Annual returns of the Patna Lunatic Asylum at Bankipore in Bihar and Orissa - 1912-1924
Year: 1912
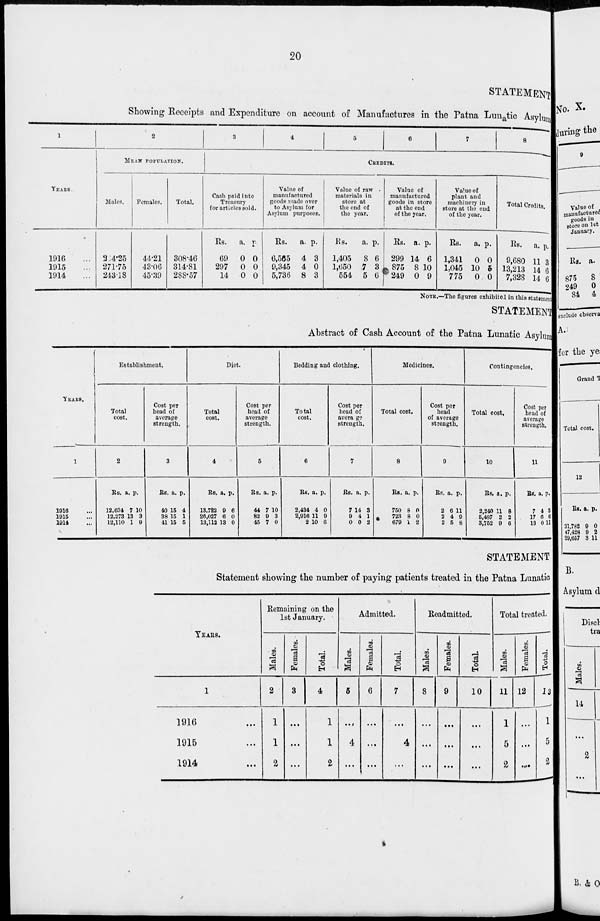
20
STATEMENT
Showing Receipts and Expenditure on account of Manufactures in the Patna Lunatic Asylum
1
YEARS.
1916 ...
1915 ...
1914 ...
2
MEAN POPULATION.
Males.
264.25
271.75
243.18
Females.
44.21
43.06
45.39
Total.
308.46
314.81
288.57
3
4
5
6
7
8
CREDITS.
Cash paid into
Treasury
for articles sold.
Rs.
69
297
14
a.
0
0
0
p.
0
0
0
Value of
manufactured
goods made over
to Asylum for
Asylum purposes.
Rs.
6,565
9,345
5,736
a.
4
4
8
p.
3
0
3
Value of raw
materials in
store at
the end of
the year.
Rs.
1,405
1,650
554
a.
8
7
5
p.
6
3
6
Value of
manufactured
goods in store
at the end
of the year.
Rs.
299
875
249
a.
14
8
0
p.
6
10
9
Value of
plant and
machinery in
store at the end
of the year.
Rs.
1,341
1,045
775
a.
0
10
0
p.
0
5
0
Total Credits.
Rs.
9,680
13,213
7,328
a.
11
14
14
p.
3
6
6
NOTE.—The figures exhibited in this statement
STATEMENT
Abstract of Cash Account of the Patna Lunatic Asylum
YEARS.
1
1916 ...
1915 ...
1914 ...
Establishment.
Total
cost.
2
Rs.
12,634
12,273
12,110
a.
7
13
1
p.
10
3
9
Cost per
head of
average
strength.
3
Rs.
40
38
41
a.
15
15
15
p.
4
1
5
Diet.
Total
cost.
4
Rs.
13,722
26,027
13,112
a.
9
6
13
p.
6
0
0
Cost per
head of
average
strength.
5
Rs.
44
82
45
a.
7
9
7
p.
10
3
0
Bedding and clothing.
Total
cost.
6
Rs.
2,434
2,916
2
a.
4
11
10
p.
0
9
6
Cost per
head of
average
strength.
7
Rs.
7
9
0
a.
14
4
0
p.
3
1
2
Medicines.
Total cost.
8
Rs.
750
723
679
a.
8
8
1
p.
0
0
2
Cost per
head
of average
strength.
9
Rs.
2
2
2
a.
6
4
5
p.
11
9
8
Contingencies.
Total cost.
10
Rs.
2,240
5,487
3,752
a.
11
2
9
p.
8
2
6
Cost per
head of
average
strength.
11
Rs.
7
17
13
a.
4
6
0
p.
3
6
11
STATEMENT
Statement showing the number of paying patients treated in the Patna Lunatic
YEARS.
1
1916 ...
1915 ...
1914 ...
Remaining on the
1st January.
Males.
2
1
1
2
Females.
3
...
...
...
Total.
4
1
1
2
Admitted.
Males.
5
...
4
...
Females.
6
...
...
...
Total.
7
...
4
...
Readmitted.
Males.
8
...
...
...
Females.
9
...
...
...
Total.
10
...
...
...
Total treated.
Males.
11
1
5
2
Females.
12
...
...
...
Total.
13
1
5
2